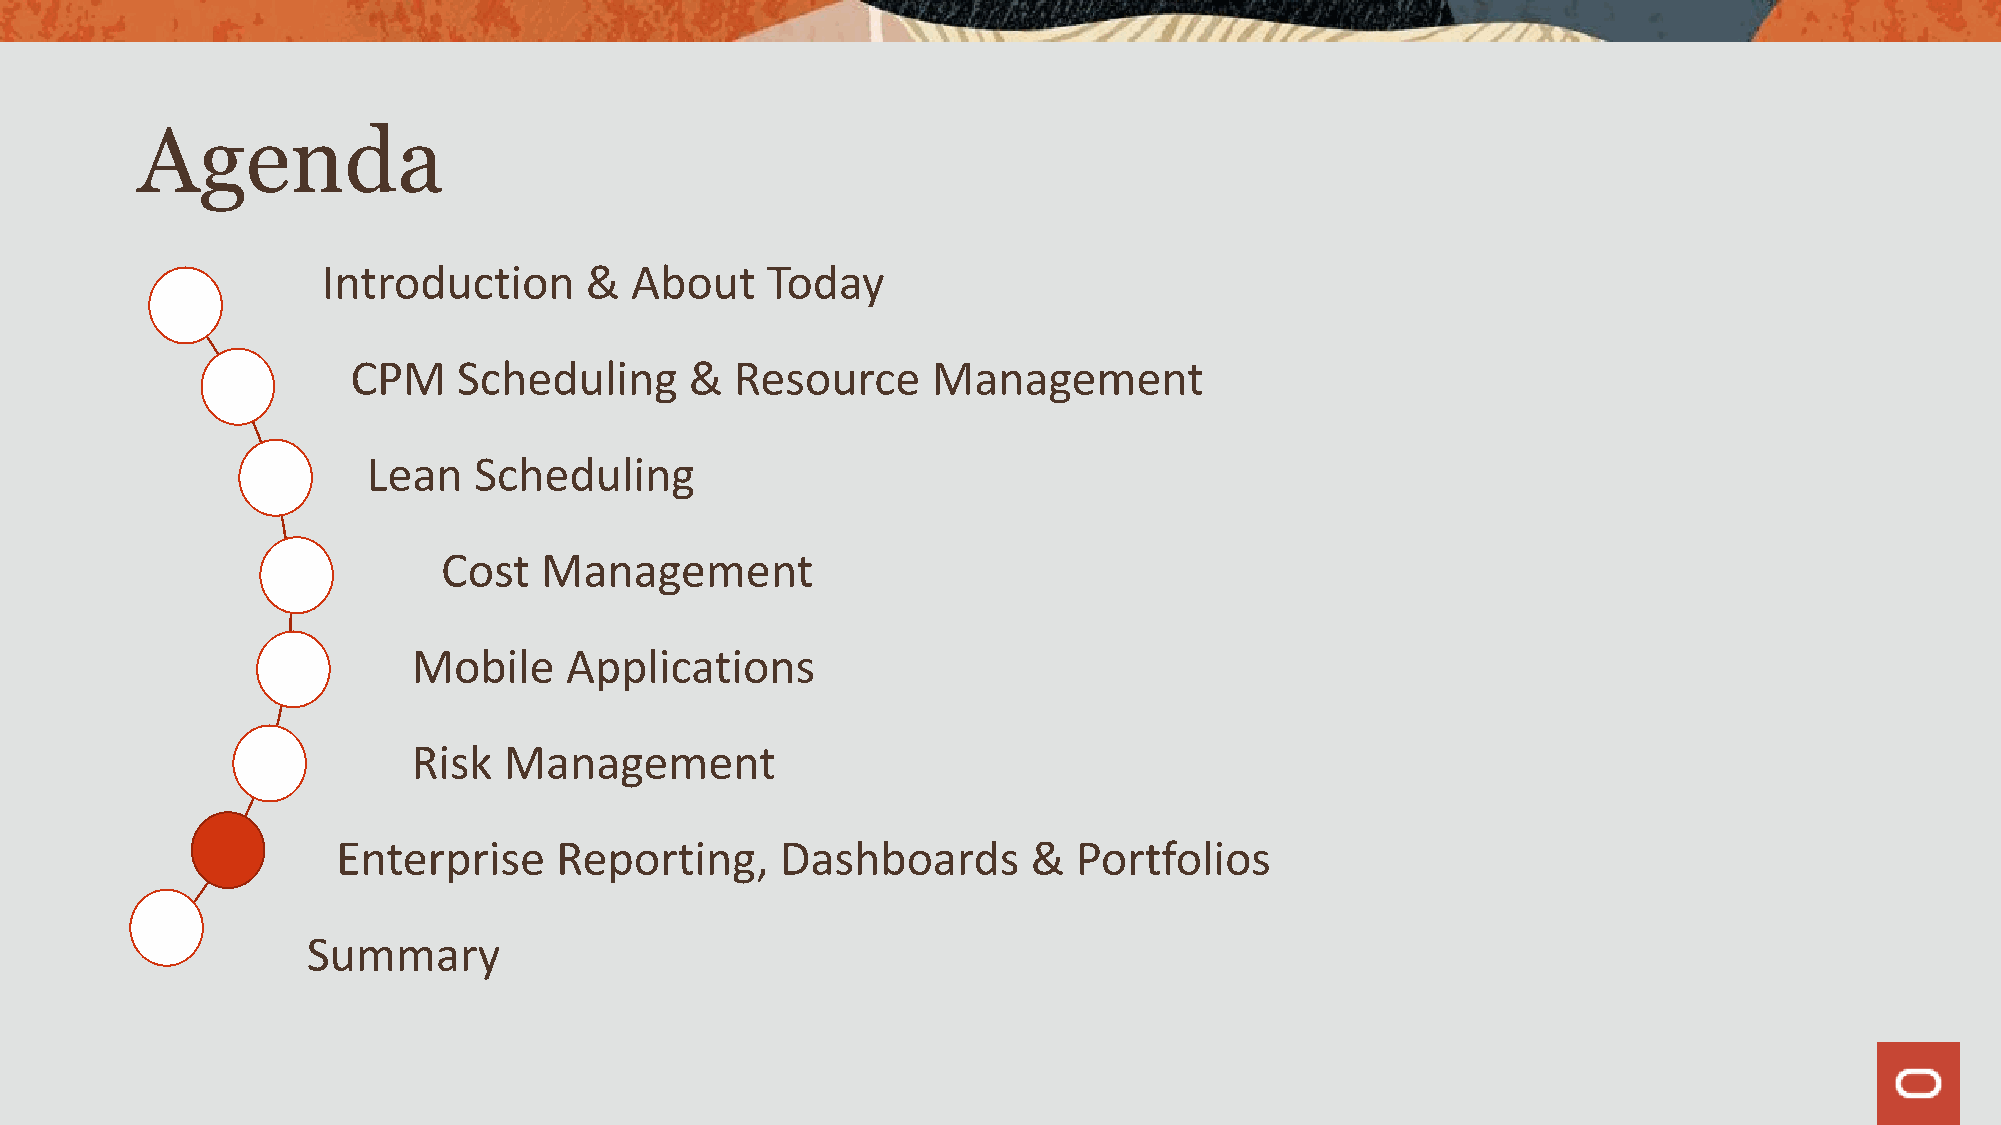
Agenda
 Introduction      &  About    Today
 CPM    Scheduling      &  Resource     Management
 Lean   Scheduling
 Cost   Management
 Mobile    Applications
 Risk  Management
 Enterprise     Reporting,     Dashboards      &  Portfolios
 Summary